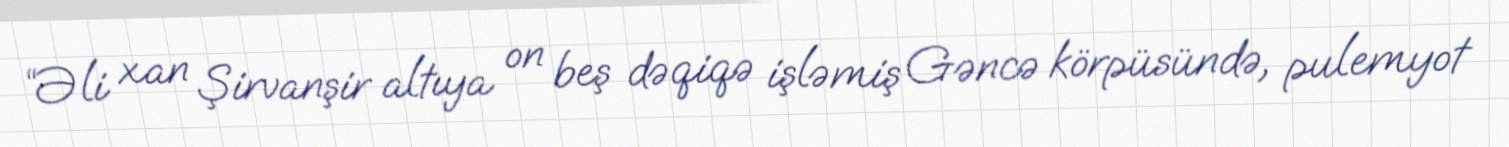
“Əli xan Şirvanşir altıya on beş dəqiqə işləmiş Gəncə körpüsündə, pulemyot